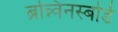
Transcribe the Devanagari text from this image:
ब्रन्न्विनस्बोर्ड